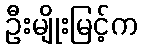
ဦးမျိုးမြင့်က